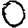
Digit: 0